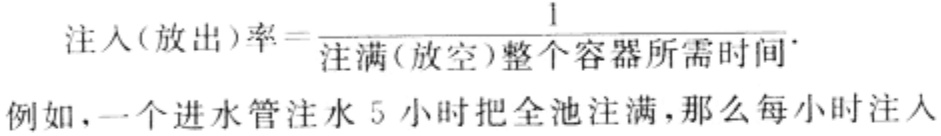
\[
\text{注入(放出)率}=\frac{1}{\text{注满(放空)整个容器所需时间}}.
\]
例如，一个进水管注水 5 小时把全池注满，那么每小时注入